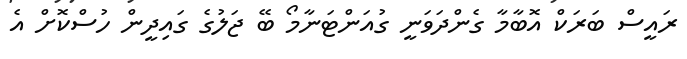
ރައީސް ބަރަކް އޮބާމާ ގެންދަވަނީ ގުއަންޓަނާމޯ ބޭ ޖަލުގެ ގައިދީން ހުސްކޮށް އެ